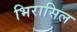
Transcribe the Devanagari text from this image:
भिरासिल